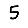
Digit: 5